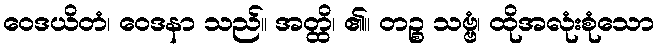
ဝေဒယိတံ၊ ဝေဒနာ သည်။ အတ္ထိ၊ ၏။ တဉ္စ သဗ္ဗံ၊ ထိုအလုံးစုံသော